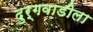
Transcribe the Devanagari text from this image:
दुर्गवाडीला